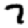
Digit: 7